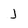
Character: j